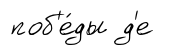
поб'е́ды д'е